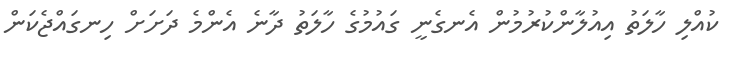
ކުއްލި ހާލަތު އިއުލާންކުރުމުން އެނގެނީ ގައުމުގެ ހާލަތު ދާނެ އެންމެ ދަށަށް ހިނގައްޖެކަން